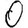
Digit: 0